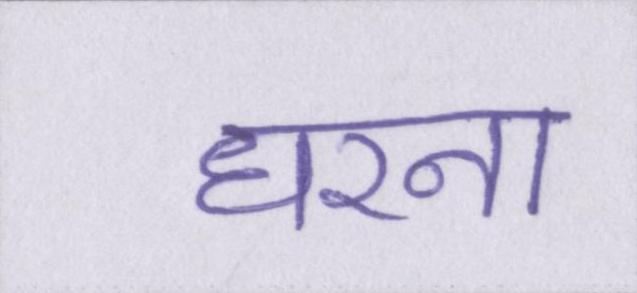
धरना